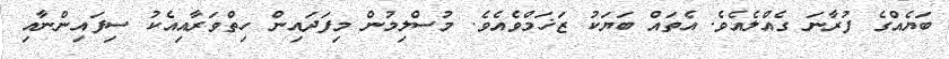
ބަޔެއްގެ ފުރާނަ ގެއްލެއެވެ. އެތައް ބަޔަކު ޒަޚަމްވެއެވެ. މުސްލިމުން މިފަދައިން ހިތްވަރާއިއެކު ސިފައިންނާއި